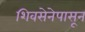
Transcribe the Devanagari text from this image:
शिवसेनेपासून